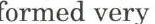
formed very